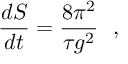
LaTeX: \frac { d S } { d t } = \frac { 8 \pi ^ { 2 } } { \tau g ^ { 2 } } ~ ~ ,